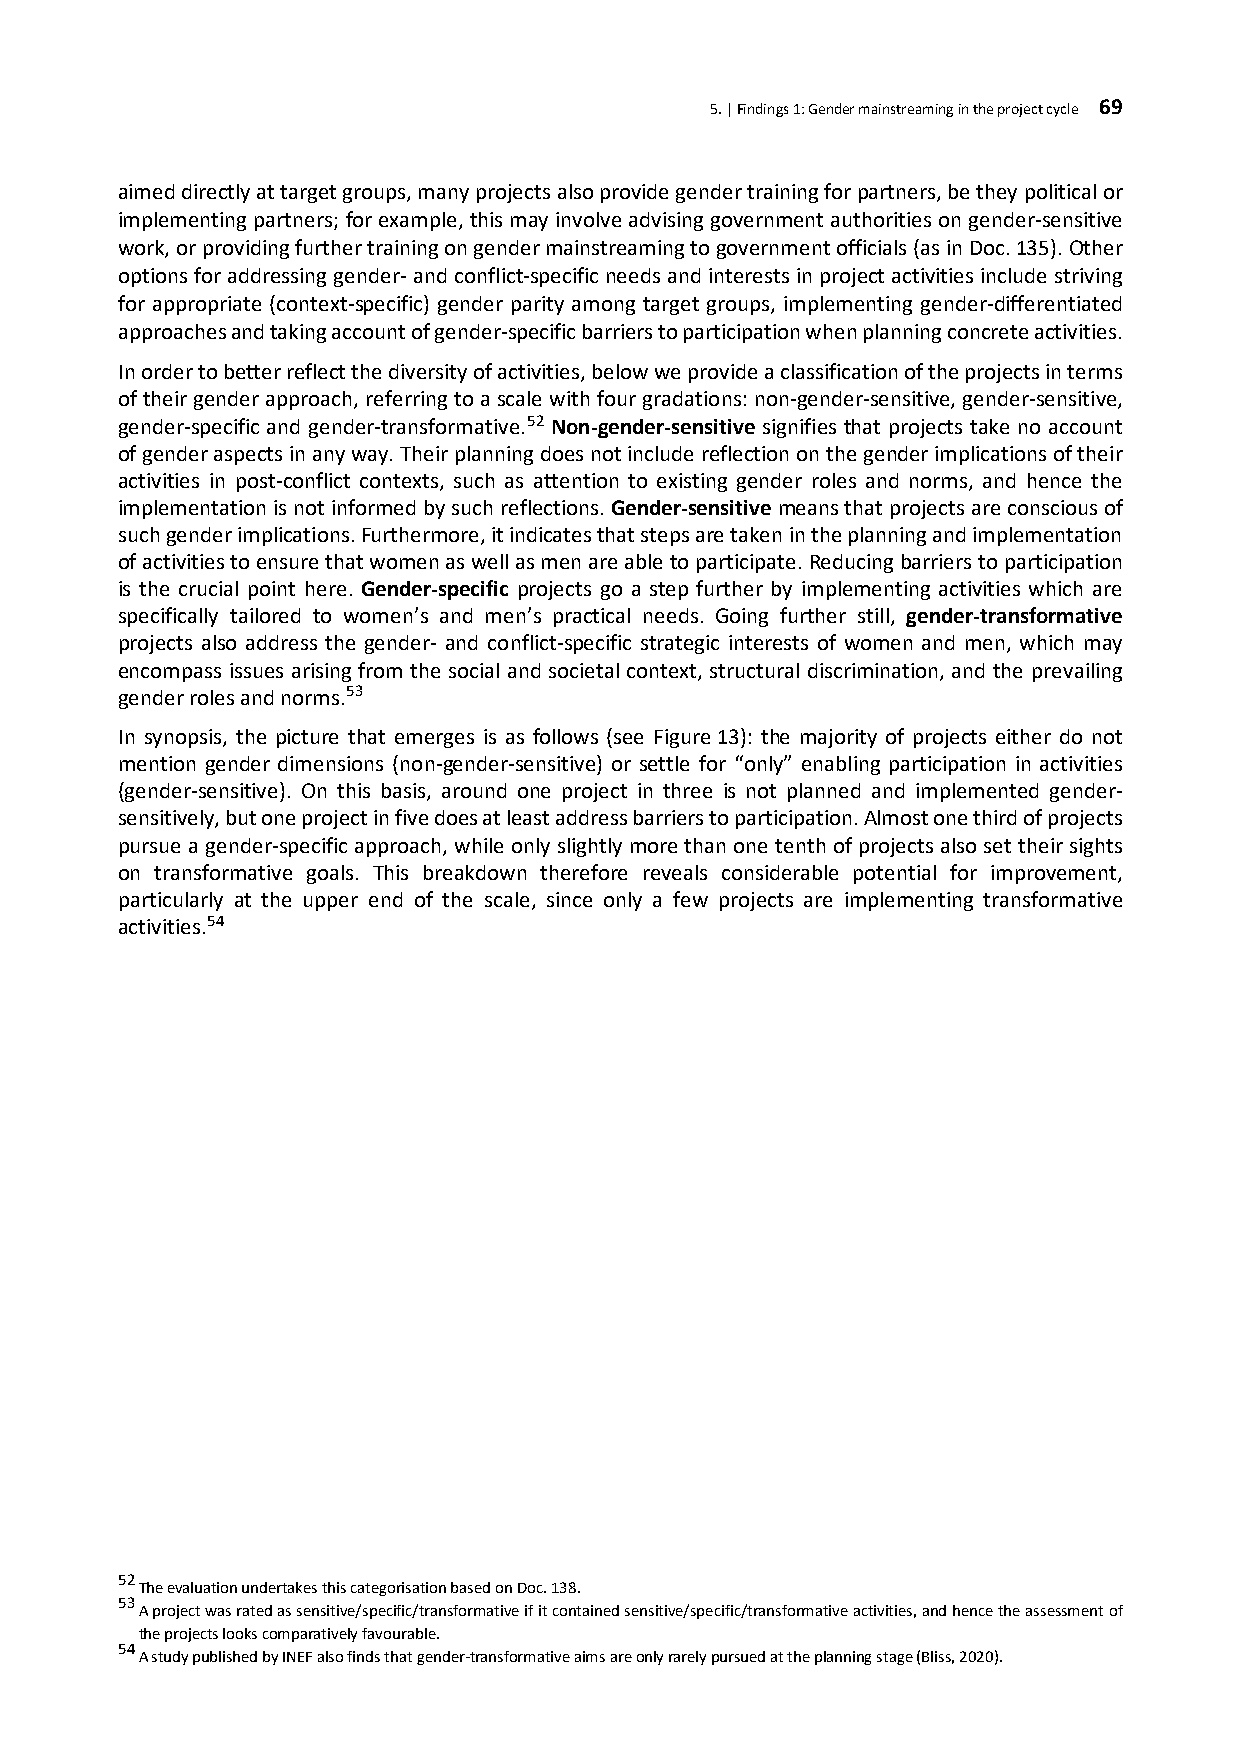
5. | Findings 1: Gender mainstreaming in the project cycle 69
 aimed directly at target groups, many projects also provide gender training for partners, be they political or
 implementing partners; for example, this may involve advising government authorities on gender-sensitive
 work, or providing further training on gender mainstreaming to government officials (as in Doc. 135). Other
 options for addressing gender- and conflict-specific needs and interests in project activities include striving
 for appropriate (context-specific) gender parity among target groups, implementing gender-differentiated
 approaches and taking account of gender-specific barriers to participation when planning concrete activities.
 In order to better reflect the diversity of activities, below we provide a classification of the projects in terms
 of their gender approach, referring to a scale with four gradations: non-gender-sensitive, gender-sensitive,
 gender-specific and gender-transformative.52 Non-gender-sensitive signifies that projects take no account
 of gender aspects in any way. Their planning does not include reflection on the gender implications of their
 activities in post-conflict contexts, such as attention to existing gender roles and norms, and hence the
 implementation is not informed by such reflections. Gender-sensitive means that projects are conscious of
 such gender implications. Furthermore, it indicates that steps are taken in the planning and implementation
 of activities to ensure that women as well as men are able to participate. Reducing barriers to participation
 is the crucial point here. Gender-specific projects go a step further by implementing activities which are
 specifically tailored to women’s and men’s practical needs. Going further still, gender-transformative
 projects also address the gender- and conflict-specific strategic interests of women and men, which may
 encompass issues arising from the social and societal context, structural discrimination, and the prevailing
 gender roles and norms.53
 In synopsis, the picture that emerges is as follows (see Figure 13): the majority of projects either do not
 mention gender dimensions (non-gender-sensitive) or settle for “only” enabling participation in activities
 (gender-sensitive). On this basis, around one project in three is not planned and implemented gender-
 sensitively, but one project in five does at least address barriers to participation. Almost one third of projects
 pursue a gender-specific approach, while only slightly more than one tenth of projects also set their sights
 on transformative goals. This breakdown therefore reveals considerable potential for improvement,
 particularly at the upper end of the scale, since only a few projects are implementing transformative
 activities.54
 52
 The evaluation undertakes this categorisation based on Doc. 138.
 53
 A project was rated as sensitive/specific/transformative if it contained sensitive/specific/transformative activities, and hence the assessment of
 the projects looks comparatively favourable.
 54
 A study published by INEF also finds that gender-transformative aims are only rarely pursued at the planning stage (Bliss, 2020).